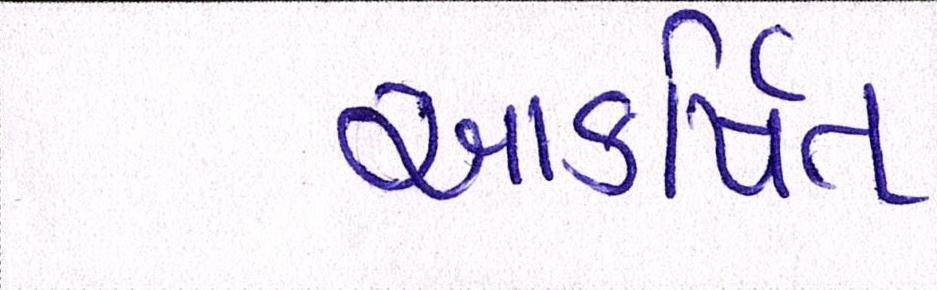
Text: આકર્ષિત